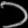
Digit: ၁